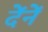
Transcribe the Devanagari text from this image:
देंनें